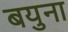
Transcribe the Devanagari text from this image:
बयुना